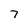
Character: 7